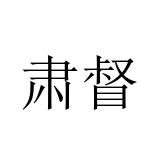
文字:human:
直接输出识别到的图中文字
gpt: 肃督